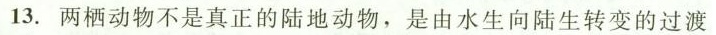
13.两栖动物不是真正的陆地动物，是由水生向陆生转变的过渡